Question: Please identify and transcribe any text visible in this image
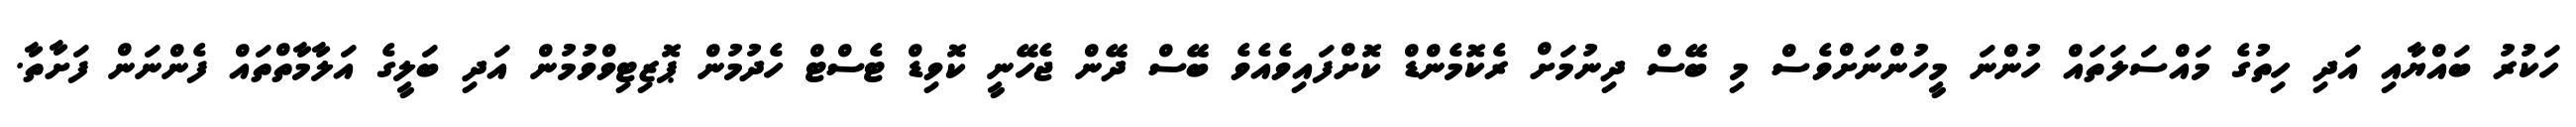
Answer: ހަކުރު ބައްޔާއި އަދި ހިތުގެ މައްސަލަތައް ހުންނަ މީހުންނަށްވެސް މި ބޭސް ދިނުމަށް ރެކޮމެންޑް ކޮށްފައިވެއެވެ ބޭސް ދޭން ޖެހޭނީ ކޮވިޑް ޓެސްޓް ހެދުމުން ޕޮޒިޓިވްވުމުން އަދި ބަލީގެ އަލާމާތްތައް ފެންނަން ފަށާތާ.